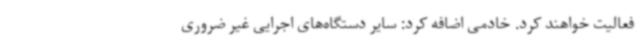
فعالیت خواهند کرد. خادمی اضافه کرد: سایر دستگاه‌های اجرایی غیر ضروری